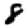
Digit: 8